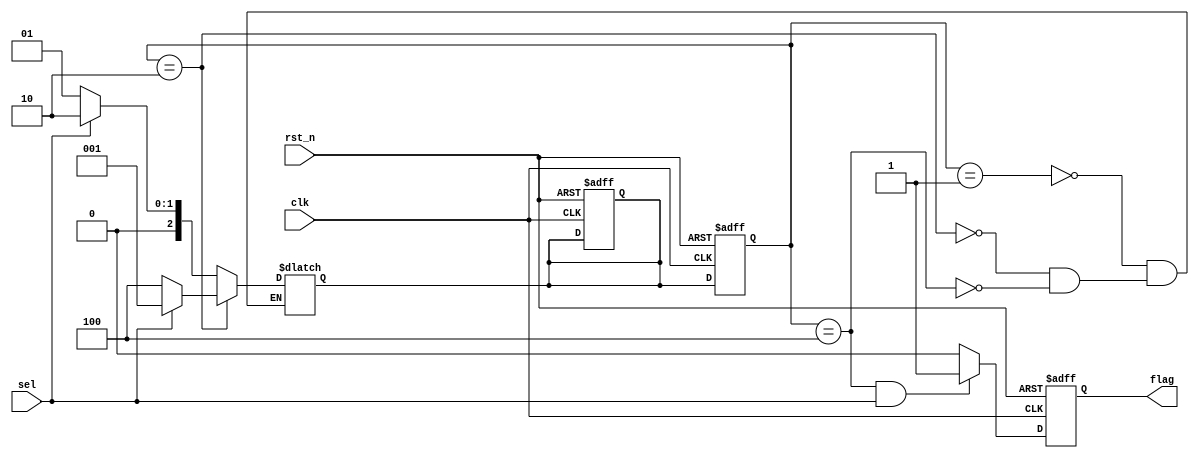
module model1(
    input wire clk,
    input wire rst_n,
    input wire sel,
    
    output reg flag
);
    //101, mealy
parameter s0 = 3'b001;
parameter s1 = 3'b010;
parameter s2 = 3'b100;

reg [2:0] curr_state, next_state;

always @(posedge clk or negedge rst_n) begin
    if (!rst_n) begin
        curr_state <= s0;
        next_state <= s0;
    end
    else begin
        curr_state <= next_state;
    end
end

//
always@(*)begin
    case (curr_state)
        s0:next_state = sel ? s1 : s0;
        s1:next_state = sel ? s0 : s2;
        s2:next_state = sel ? s1 : s0;
    endcase
end
//
always @(posedge clk or negedge rst_n) begin
    if (!rst_n) begin
        flag <= 0;
    end
    else if((curr_state == s2) && (sel == 1)) begin
        flag <= 1;
    end
    else begin
        flag <= 0;
    end
end


endmodule